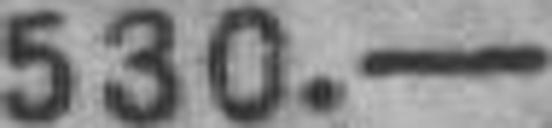
530.—